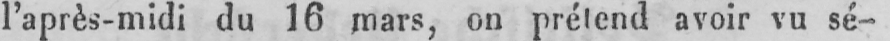
l’après-midi du 16 mars, on prétend avoir vu sé-